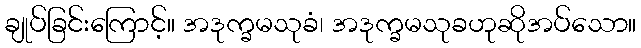
ချုပ်ခြင်းကြောင့်။ အဒုက္ခမသုခံ၊ အဒုက္ခမသုခဟုဆိုအပ်သော။